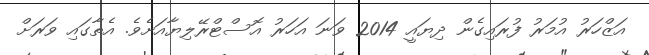
އަޒްހަރު އުމަރު ފުރައިގެން ދިޔައީ 2014 ވަނަ އަހަރު އޮސްޓްރޭލިޔާއަށެވެ. އެތާގައި ވަރަށް